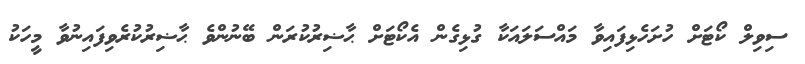
ސިވިލް ކޯޓަށް ހުށަހެޅިފައިވާ މައްސަލައަކާ ގުޅިގެން އެކޯޓަށް ޙާޟިރުކުރަން ބޭނުންވެ ޙާޟިރުކުރެވިފައިނުވާ މީހަކު